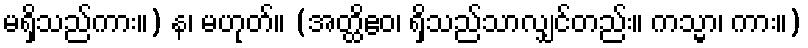
မရှိသည်ကား။) န၊ မဟုတ်။ (အတ္ထိဧဝ၊ ရှိသည်သာလျှင်တည်း။ ကသ္မာ၊ ကား။)